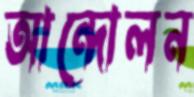
আন্দোলন